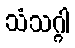
သံသဂ္ဂါ